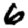
Digit: 6